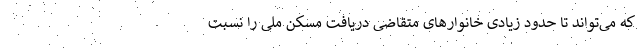
که می‌تواند تا حدود زیادی خانوارهای متقاضی دریافت مسکن ملی را نسبت